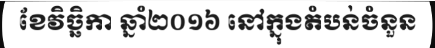
ខែវិច្ឆិកា ឆ្នាំ២០១៦ នៅក្នុងតំបន់ចំនួន